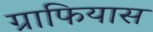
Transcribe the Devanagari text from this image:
ग्राफियास